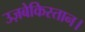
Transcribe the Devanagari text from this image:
उज़बेकिस्तान।